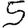
Digit: 5